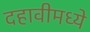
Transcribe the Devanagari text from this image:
दहावीमध्ये